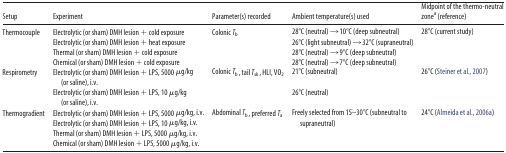
<table><thead><tr><td><b>Setup</b></td><td><b>Experiment</b></td><td><b>Parameter(s) recorded</b></td><td><b>Ambient temperature(s) used</b></td><td><b>Midpoint of the thermo-neutral zone<i><sup>a</sup></i> (reference)</b></td></tr></thead><tbody><tr><td>Thermocouple</td><td>Electrolytic (or sham) DMH lesion + cold exposure</td><td>Colonic <i>T</i><sub>b</sub></td><td>28°C (neutral) → 10°C (deep subneutral)</td><td>28°C (current study)</td></tr><tr><td></td><td>Electrolytic (or sham) DMH lesion + heat exposure</td><td></td><td>26°C (light subneutral) → 32°C (supraneutral)</td><td></td></tr><tr><td></td><td>Thermal (or sham) DMH lesion + cold exposure</td><td></td><td>28°C (neutral) → 9°C (deep subneutral)</td><td></td></tr><tr><td></td><td>Chemical (or sham) DMH lesion + cold exposure</td><td></td><td>28°C (neutral) → 7°C (deep subneutral)</td><td></td></tr><tr><td>Respirometry</td><td>Electrolytic (or sham) DMH lesion + LPS, 5000 μg/kg (or saline), i.v.</td><td>Colonic <i>T</i><sub>b</sub>, tail <i>T</i><sub>sk</sub>, HLI, VO<sub>2</sub></td><td>21°C (subneutral)</td><td>26°C (Steiner et al., 2007)</td></tr><tr><td></td><td>Electrolytic (or sham) DMH lesion + LPS, 10 μg/kg (or saline), i.v.</td><td></td><td>26°C (neutral)</td><td></td></tr><tr><td rowspan="2">Thermogradient</td><td>Electrolytic (or sham) DMH lesion + LPS, 5000 μg/kg, i.v.</td><td rowspan="2">Abdominal <i>T</i><sub>b</sub>, preferred <i>T</i><sub>a</sub></td><td rowspan="2">Freely selected from 15–30°C (subneutral to supraneutral)</td><td rowspan="2">24°C (Almeida et al., 2006a)</td></tr><tr><td>Electrolytic (or sham) DMH lesion + LPS, 10 μg/kg, i.v.</td></tr><tr><td></td><td>Thermal (or sham) DMH lesion + LPS, 5000 μg/kg, i.v.</td><td></td><td></td><td></td></tr><tr><td></td><td>Chemical (or sham) DMH lesion + LPS, 5000 μg/kg, i.v.</td><td></td><td></td><td></td></tr></tbody></table>